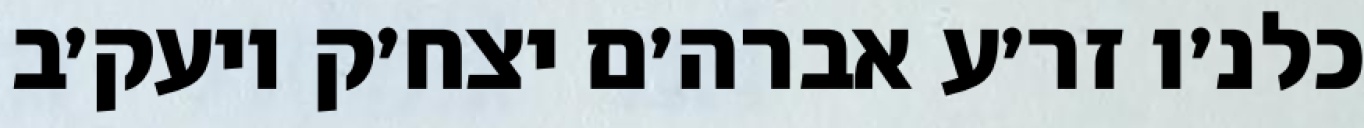
כלנ׳ו זר׳ע אברה׳ם יצח׳ק ויעק׳ב